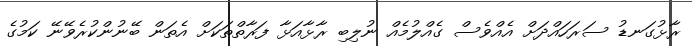
ރާޅުގަނޑު ސަރަހައްދަށް އެއްވެސް ގެއްލުމެއް ނުލިބި ރާޅާއަޅާ ފަރާތްތަކަށް އެތަން ބޭނުންކުރެވޭނޭ ކަމުގެ